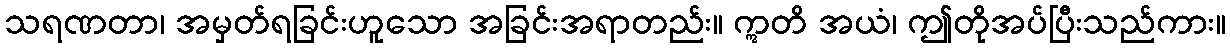
သရဏတာ၊ အမှတ်ရခြင်းဟူသော အခြင်းအရာတည်း။ ဣတိ အယံ၊ ဤတိုအပ်ပြီးသည်ကား။